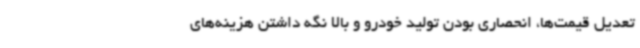
تعدیل قیمت‌ها، انحصاری بودن تولید خودرو و بالا نگه داشتن هزینه‌های